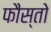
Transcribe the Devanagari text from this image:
फौस्तो